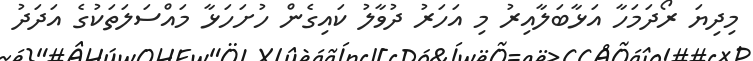
މިދިޔަ ރޯދަމަހާ އަޅާބަލާއިރު މި އަހަރު ދުވާލު ކައިގެން ހުށަހަޅާ މައްސަލަތަކުގެ އަދަދު